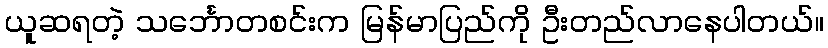
ယူဆရတဲ့ သင်္ဘောတစင်းက မြန်မာပြည်ကို ဦးတည်လာနေပါတယ်။